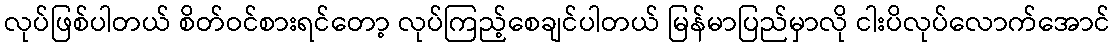
လုပ်ဖြစ်ပါတယ် စိတ်ဝင်စားရင်တော့ လုပ်ကြည့်စေချင်ပါတယ် မြန်မာပြည်မှာလို ငါးပိလုပ်လောက်အောင်